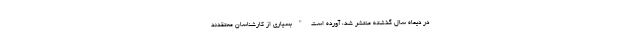
در دیماه سال گذشته منتشر شد، آورده است "بسیاری از کارشناسان معتقدند